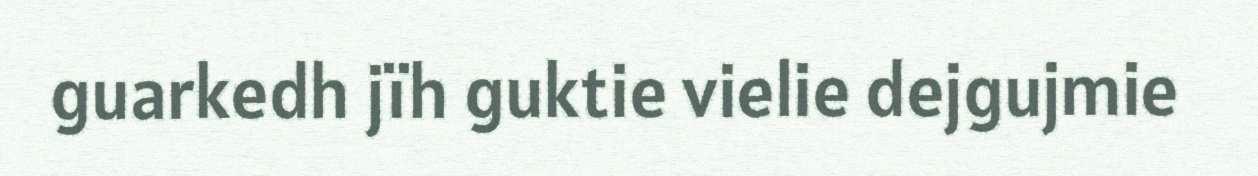
guarkedh jïh guktie vielie dejgujmie